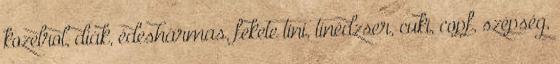
kozelrol, diák, édeshármas, fekete tini, tinédzser, cuki, copf, szépség,